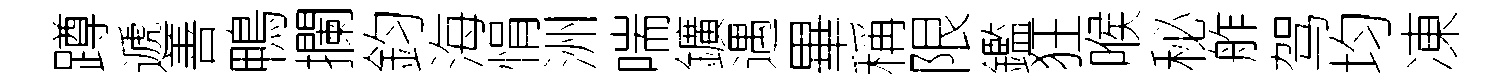
蹲遞善鴨攔鈞海悁洲喘鑛遇畢稱限鑑狂喉秘舴驾均凍